Scottish Leaving Certificate Examination, 1956
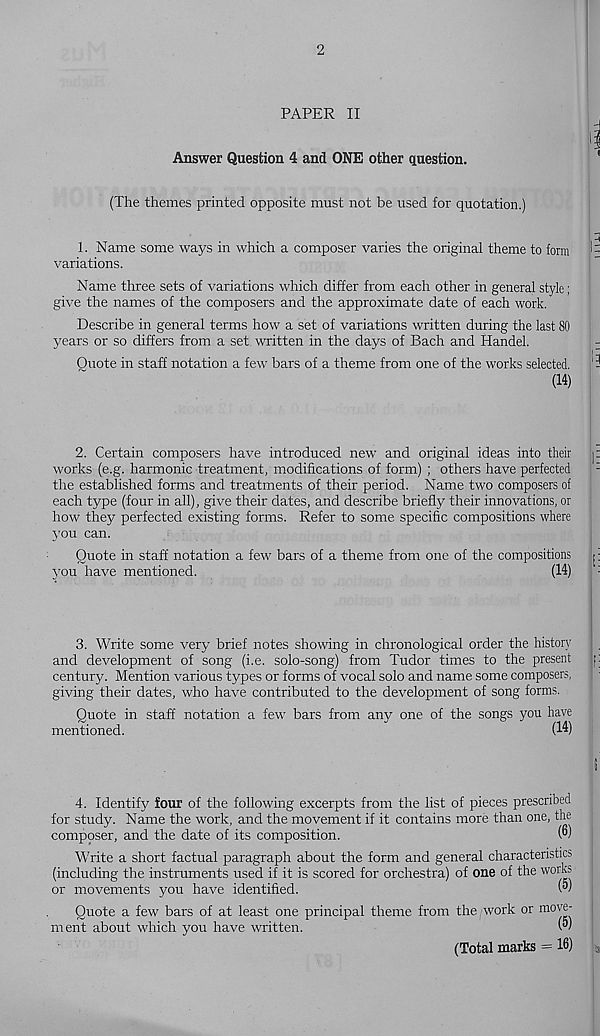
2
PAPER II
Answer Question 4 and ONE other question.
(The themes printed opposite must not be used for quotation.)
1. Name some ways in which a composer varies the original theme to form
variations.
Name three sets of variations which differ from each other in general style;
give the names of the composers and the approximate date of each work.
Describe in general terms how a set of variations written during the last 80
years or so differs from a set written in the days of Bach and Handel.
Quote in staff notation a few bars of a theme from one of the works selected.
(14)
2. Certain composers have introduced new and original ideas into their
works (e.g. harmonic treatment, modifications of form) ; others have perfected
the established forms and treatments of their period. Name two composers of
each type (four in all), give their dates, and describe briefly their innovations, or
how they perfected existing forms. Refer to some specific compositions where
j’ou can.
Quote in staff notation a few bars of a theme from one of the compositions
3 r ou have mentioned.
(14)
3. Write some very brief notes showing in chronological order the history
and development of song (i.e. solo-song) from Tudor times to the present
century. Mention various types or forms of vocal solo and name some composers,
giving their dates, who have contributed to the development of song forms.
Quote in staff notation a few bars from any one of the songs you have
mentioned.
(14)
4. Identify four of the following excerpts from the list of pieces prescribed
for study. Name the work, and the movement if it contains more than one, the
composer, and the date of its composition.
W
Write a short factual paragraph about the form and general characteristics
(including the instruments used if it is scored for orchestra) of one of the works
or movements you have identified.
(w
Quote a few bars of at least one principal theme from the work or m( w®"
ment about which you have written.
W
(Total marks = 16)